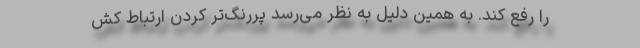
را رفع‌ کند. به همین‌ دلیل به‌ نظر می‌رسد پررنگ‌تر کردن ارتباط کش